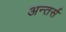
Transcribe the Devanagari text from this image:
अन्तर्स